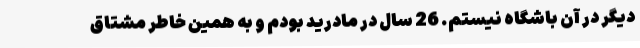
دیگر در آن باشگاه نیستم. 26 سال در مادرید بودم و به همین خاطر مشتاق